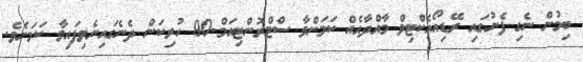
ބިމުން ނެގި ފެނުގައި ރޭޑިއޯއެކްޓިވް މާއްދާއެއް ކަމަށްވާ ސްޓްރޮންޓިއަމް-90 ހުރިކަން ދެނެގައިނެވިފައިވާ ކަމަށެވެ.